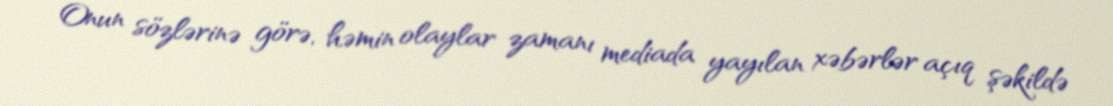
Onun sözlərinə görə, həmin olaylar zamanı mediada yayılan xəbərlər açıq şəkildə